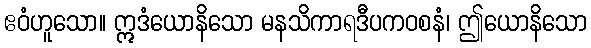
ဧဝံဟူသော။ ဣဒံယောနိသော မနသိကာရဒီပကဝစနံ၊ ဤယောနိသော